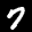
Label: 7